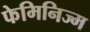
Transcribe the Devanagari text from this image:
फेमिनिज्म